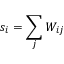
s _ { i } = \sum _ { j } W _ { i j }